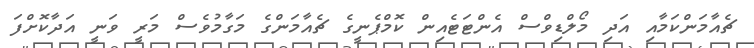
ޗެއާމަންކަމާއި އަދި މޯލްޑިވްސް އެންޓަޓެއިން ކޮމްޕެނީގެ ޗެއާމަންގެ މަގާމުވެސް މަރީ ވަނީ އަދާކޮށްފަ